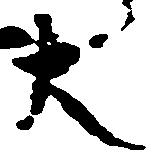
大